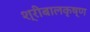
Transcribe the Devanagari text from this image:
श्रीबालकृष्ण